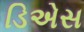
ડિએસ